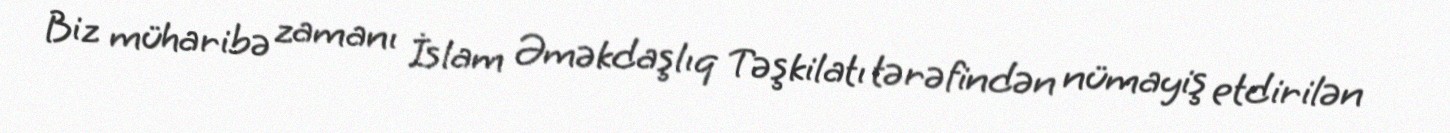
Biz müharibə zamanı İslam Əməkdaşlıq Təşkilatı tərəfindən nümayiş etdirilən